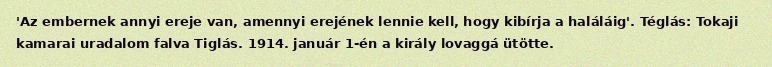
'Az embernek annyi ereje van, amennyi erejének lennie kell, hogy kibírja a haláláig'. Téglás: Tokaji kamarai uradalom falva Tiglás. 1914. január 1-én a király lovaggá ütötte.